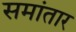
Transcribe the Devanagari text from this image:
समांतार